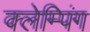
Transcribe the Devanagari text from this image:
क्लेम्पिंग